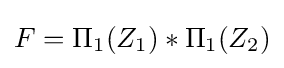
F=\Pi _{1}(Z_{1})\ast \Pi _{1}(Z_{2})